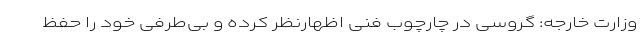
وزارت خارجه: گروسی در چارچوب فنی اظهارنظر کرده و بی‌طرفی خود را حفظ